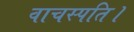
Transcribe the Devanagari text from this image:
वाचस्‍पति।